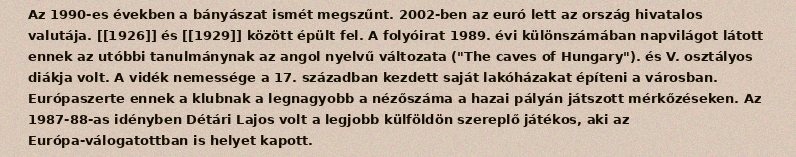
Az 1990-es években a bányászat ismét megszűnt. 2002-ben az euró lett az ország hivatalos valutája. [[1926]] és [[1929]] között épült fel. A folyóirat 1989. évi különszámában napvilágot látott ennek az utóbbi tanulmánynak az angol nyelvű változata ("The caves of Hungary"). és V. osztályos diákja volt. A vidék nemessége a 17. században kezdett saját lakóházakat építeni a városban. Európaszerte ennek a klubnak a legnagyobb a nézőszáma a hazai pályán játszott mérkőzéseken. Az 1987-88-as idényben Détári Lajos volt a legjobb külföldön szereplő játékos, aki az Európa-válogatottban is helyet kapott.